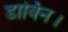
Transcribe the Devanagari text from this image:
डार्विन।